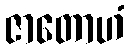
ဇာတောဟံ